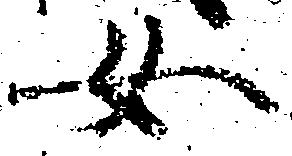
女